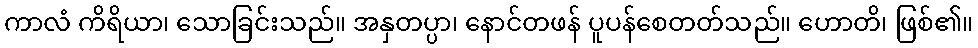
ကာလံ ကိရိယာ၊ သောခြင်းသည်။ အနှတပ္ပာ၊ နောင်တဖန် ပူပန်စေတတ်သည်။ ဟောတိ၊ ဖြစ်၏။